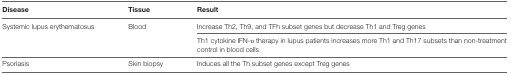
| Disease | Tissue | Result |
 | --- | --- | --- |
 | <ROWSPAN=2> Systemic lupus erythematosus | <ROWSPAN=2> Blood | Increase Th2, Th9, and TFh subset genes but decrease Th1 and Treg genes |
 | Th1 cytokine IFN-υ therapy in lupus patients increases more Th1 and Th17 subsets than non-treatment control in blood cells |
 | Psoriasis | Skin biopsy | Induces all the Th subset genes except Treg genes |